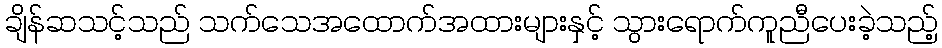
ချိန်ဆသင့်သည် သက်သေအထောက်အထားများနှင့် သွားရောက်ကူညီပေးခဲ့သည့်